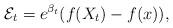
LaTeX: \begin{align*}\mathcal{E}_t= e^{\beta_t} (f(X_t) - f(x)),\end{align*}